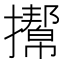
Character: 𢸌